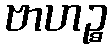
ဗာဟဉ္စ